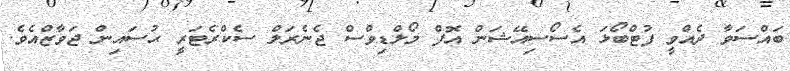
ބައްސަވާ ދެއްވީ ފުޓްބޯޅަ އެސޯސިއޭޝަން އޮފް މޯލްޑިވްސް ޖެނެރަލް ސެކްރެޓަރީ ޙުސައިން ޖަވާޒްއެވެ.